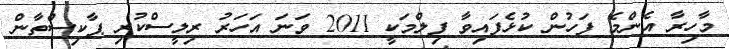
މާހިރާ އެންމެ ފަހުން ކުޅެފައިވާ ފިލްމަކީ 2011 ވަނަ އަަހަރު ރިލީސްކުރި ޕާކިސްތާން